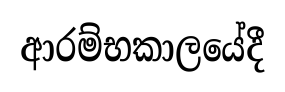
ආරම්භකාලයේදී